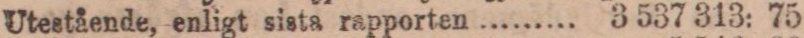
Utestående, enligt sista rapporten ......... 3 537 313: 75